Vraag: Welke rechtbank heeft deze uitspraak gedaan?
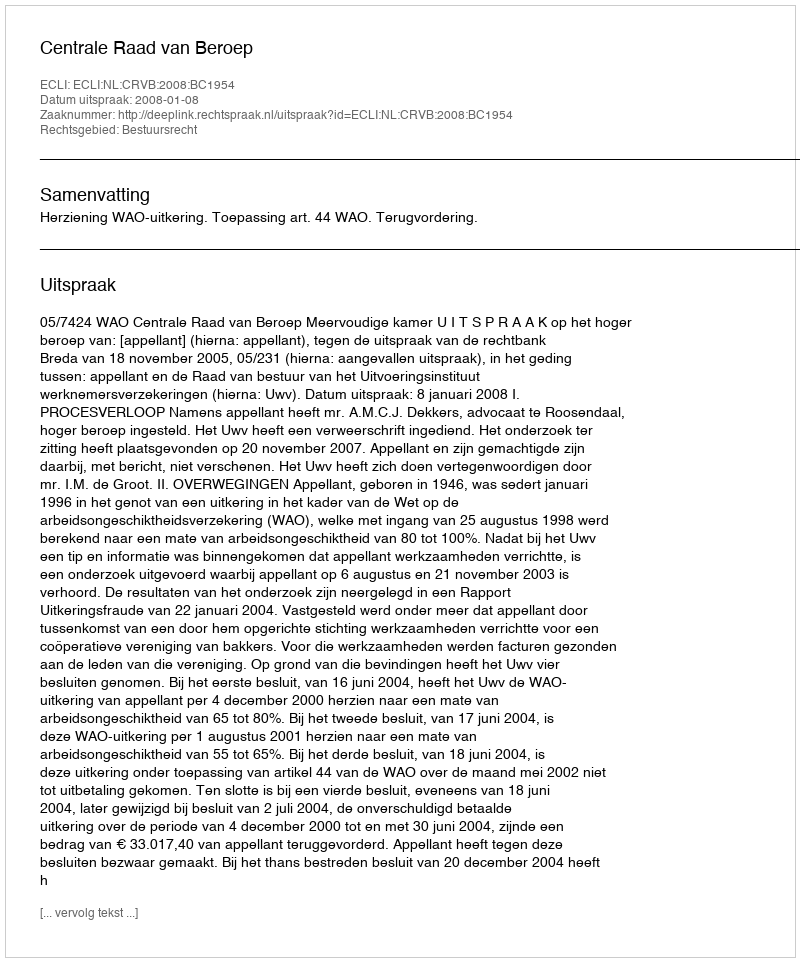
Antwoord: Centrale Raad van Beroep